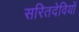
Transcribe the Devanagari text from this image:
सरितदेवियों